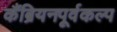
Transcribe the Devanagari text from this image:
कैंब्रियनपूर्वकल्प